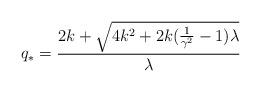
LaTeX: \begin{align*}q_*=\frac{2k+\sqrt{4k^2+2k(\frac{1}{\gamma^2}-1)\lambda}}{\lambda}\end{align*}